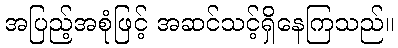
အပြည့်အစုံဖြင့် အဆင်သင့်ရှိနေကြသည်။